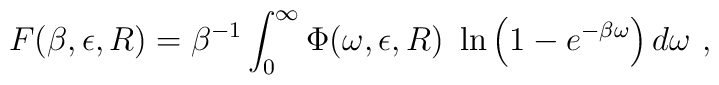
F(\beta,\epsilon,R)=\beta^{-1} \int_0^\infty \Phi(\omega,\epsilon,R)~\ln\left(1-e^{-\beta\omega}\right)d\omega~,